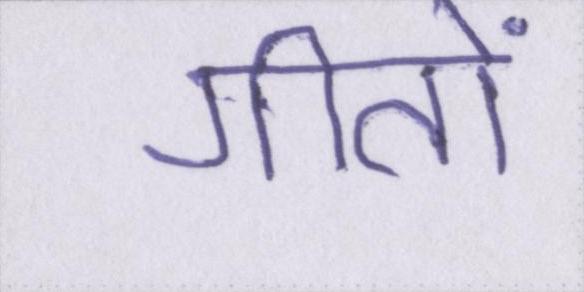
गीतों